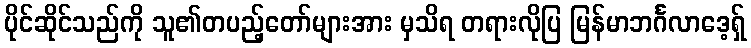
ပိုင်ဆိုင်သည်ကို သူ၏တပည့်တော်များအား မှသိရ တရားလိုပြ မြန်မာဘင်္ဂလာဒေ့ရှ်